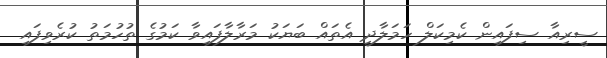
ސީރިއާ ސިފައިން ކެމިކަލް ހަމަލާދީ އެތައް ބަޔަކު މަރާލާފައިވާ ކަމުގެ ތުހުމަތު ކުރެވިފައި